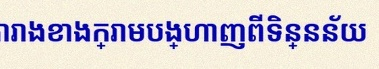
តារាងខាងក្រោមបង្ហាញពីទិន្នន័យ